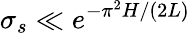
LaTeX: \sigma_{s}\ll e^{-\pi^{2}H/(2L)}